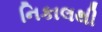
નિકાલથી